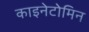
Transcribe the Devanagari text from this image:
काइनेटोमिन